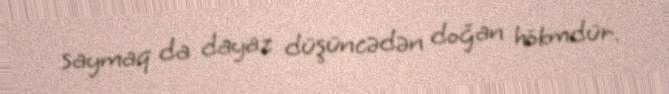
saymaq da dayaz düşüncədən doğan hökmdür.